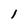
Character: l